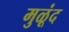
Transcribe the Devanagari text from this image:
मुळूंद